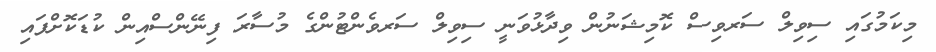
މިކަމުގައި ސިވިލް ސަރވިސް ކޮމިޝަނުން ވިދާޅުވަނީ ސިވިލް ސަރވެންޓުންގެ މުސާރަ ފިނޭންސްއިން ކުޑަކޮށްފައި